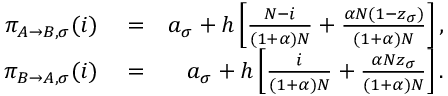
\begin{array} { r l r } { \pi _ { A \to B , \sigma } ( i ) } & { { } = } & { a _ { \sigma } + h \left[ \frac { N - i } { ( 1 + \alpha ) N } + \frac { \alpha N ( 1 - z _ { \sigma } ) } { ( 1 + \alpha ) N } \right] , } \\ { \pi _ { B \to A , \sigma } ( i ) } & { { } = } & { a _ { \sigma } + h \left[ \frac { i } { ( 1 + \alpha ) N } + \frac { \alpha N z _ { \sigma } } { ( 1 + \alpha ) N } \right] . } \end{array}